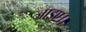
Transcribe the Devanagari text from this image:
जाइए।।